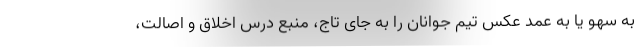
به سهو یا به عمد عکس تیم جوانان را به جای تاج، منبع درس اخلاق و اصالت،